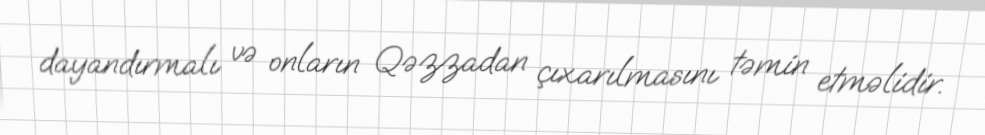
dayandırmalı və onların Qəzzadan çıxarılmasını təmin etməlidir.